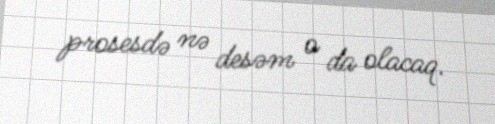
prosesdə nə desəm o da olacaq.